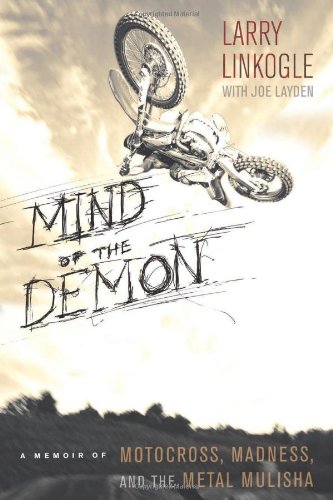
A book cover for Mind of the Demon: A Memoir of Motocross, Madness, and the Metal Mulisha; Larry Linkogle; Sports & Outdoors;